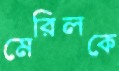
মেরিলকে